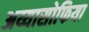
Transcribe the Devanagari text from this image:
अय्यासोफिया